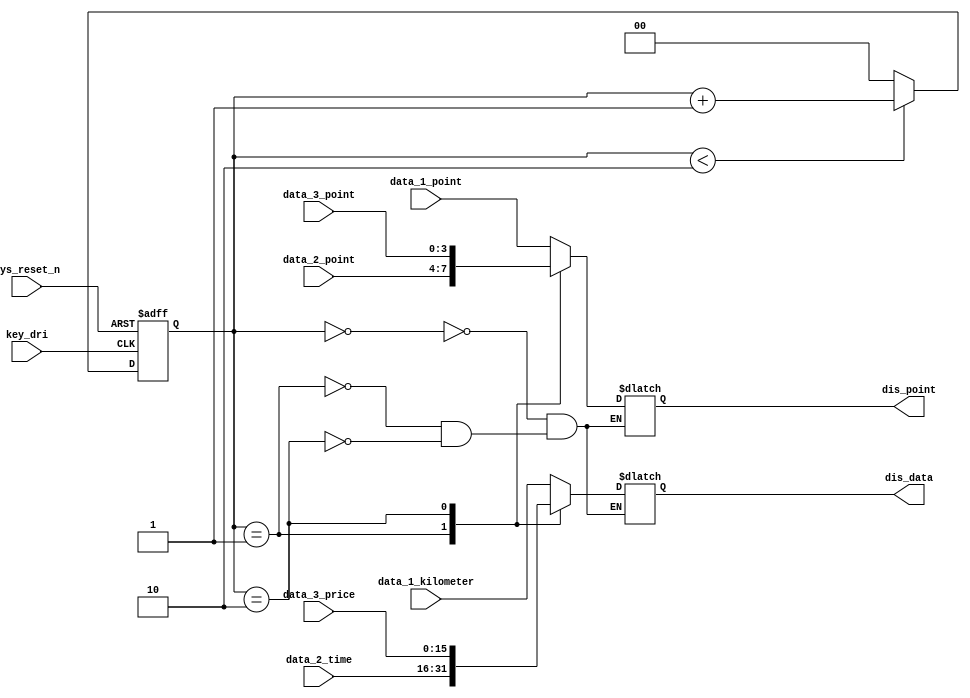
module mux(
	input             key_dri,              //
	input 				sys_reset_n,			 //
	input [15:0] 		data_1_kilometer,     //
	input [3:0]			data_1_point,    		 //
	input [15:0] 		data_2_time, 			 //
	input [3:0] 		data_2_point,			 //
	input [15:0] 		data_3_price,   		 //
	input  [3:0]			data_3_point,			 //
	
	output reg [15:0]	   dis_data,				 //
	output reg [3:0]		dis_point				 //
);

reg [1:0] cnt;

//
always @(posedge key_dri or negedge sys_reset_n)
	begin
		if(!sys_reset_n)
			begin
				cnt<=0;
			end
		else if(cnt < 2'd2)
			begin
				cnt<=cnt +1'b1;
			end
		else
			begin
				cnt <= 0;
			end
	end
	
always @(cnt,data_1_kilometer,data_1_point,data_2_time,data_2_point,data_3_price,data_3_point)
	begin
		case(cnt)
			2'd0: 
				begin
					dis_data <= data_1_kilometer;
					dis_point <= data_1_point;
				end
			2'd1:
				begin
					dis_data <= data_2_time;
					dis_point <= data_2_point;
				end
			2'd2:
				begin
					dis_data <= data_3_price;
					dis_point <= data_3_point;
				end
		endcase
	end
endmodule